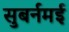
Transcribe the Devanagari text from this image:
सुबर्नमई